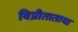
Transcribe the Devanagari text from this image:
विप्रीताताया